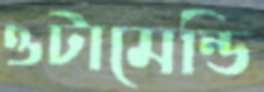
ওটামেন্ডি